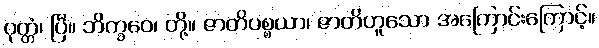
ဝုတ္တံ၊ ပြီ။ ဘိက္ခဝေ၊ တို့။ ဇာတိပစ္စယာ၊ ဇာတိဟူသော အကြောင်းကြောင့်။